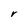
Character: r